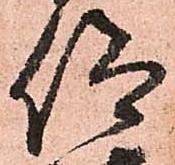
仰